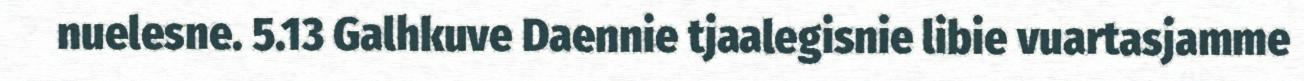
nuelesne. 5.13 Galhkuve Daennie tjaalegisnie libie vuartasjamme